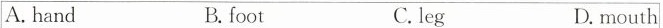
A. hand B. foot C. leg D. mouth